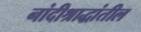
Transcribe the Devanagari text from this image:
नांदीश्राद्धांतील